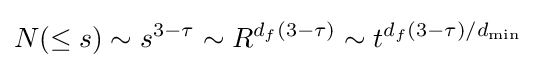
N(\leq s)\sim s^{3-\tau }\sim R^{d_{f}(3-\tau )}\sim t^{d_{f}(3-\tau )/d_{\mathrm {min} }}